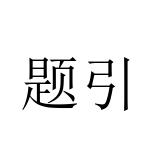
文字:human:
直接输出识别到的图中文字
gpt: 题引